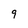
Character: 9